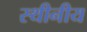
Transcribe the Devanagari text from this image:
स्थीनीय